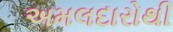
અમલદારોથી